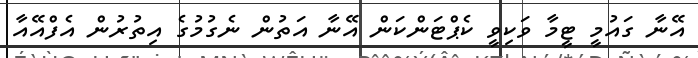
އޭނާ ގައުމީ ޓީމާ ވަކިވީ ކެޕްޓަންކަން އޭނާ އަތުން ނެގުމުގެ އިތުރުން އެފްއޭއާ